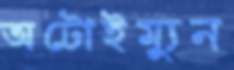
অটোইম্যুন